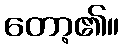
တော့၏။